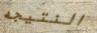
النتيجه